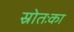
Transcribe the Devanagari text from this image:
स्रोतःका